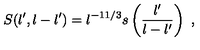
S ( l ^ { \prime } , l - l ^ { \prime } ) = l ^ { - 1 1 / 3 } s \left( \frac { l ^ { \prime } } { l - l ^ { \prime } } \right) \ ,